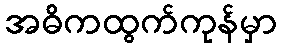
အဓိကထွက်ကုန်မှာ